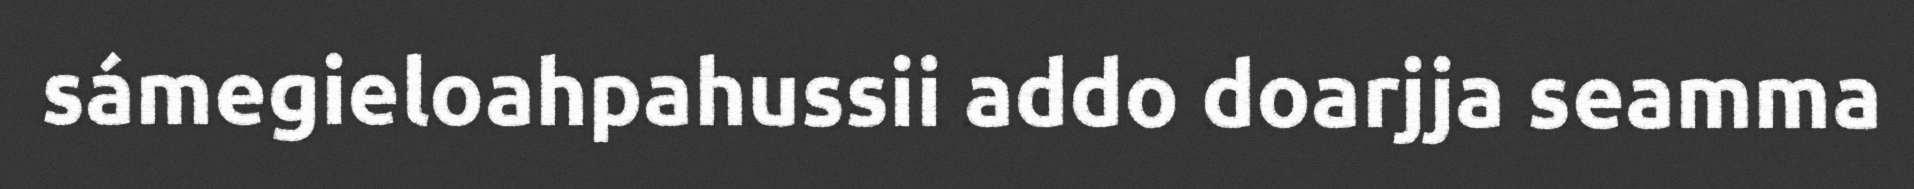
sámegieloahpahussii addo doarjja seamma